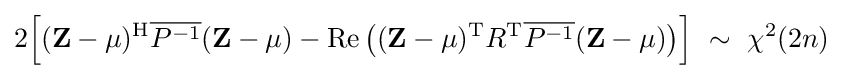
2{\Big [}(\mathbf {Z} -\mu )^{\mathrm {H} }{\overline {P^{-1}}}(\mathbf {Z} -\mu )-\operatorname {Re} {\big (}(\mathbf {Z} -\mu )^{\mathrm {T} }R^{\mathrm {T} }{\overline {P^{-1}}}(\mathbf {Z} -\mu ){\big )}{\Big ]}\ \sim \ \chi ^{2}(2n)